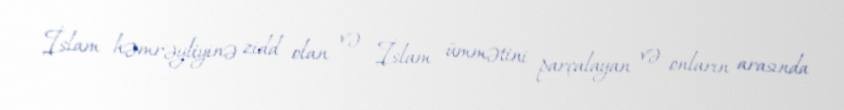
İslam həmrəyliyinə zidd olan və İslam ümmətini parçalayan və onların arasında